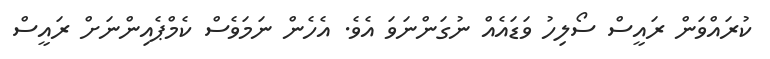
ކުރައްވަން ރައީސް ސޯލިހު ވަޑައެއް ނުގަންނަވަ އެވެ. އެހެން ނަމަވެސް ކެމްޕެއިންނަށް ރައީސް